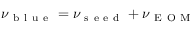
\nu _ { \mathrm { ~ b ~ l ~ u ~ e ~ } } = \nu _ { \mathrm { ~ s ~ e ~ e ~ d ~ } } + \nu _ { \mathrm { ~ E ~ O ~ M ~ } }